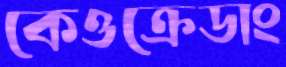
কেওক্রেডাং